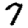
Digit: 7